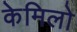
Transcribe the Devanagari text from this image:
केमिलो